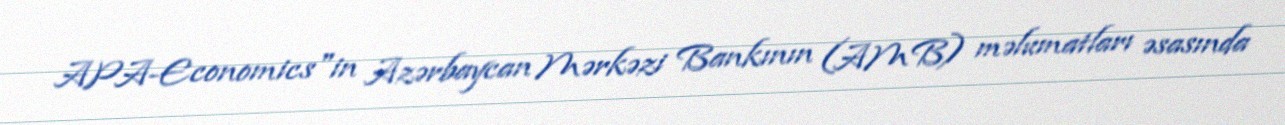
APA-Economics"in Azərbaycan Mərkəzi Bankının (AMB) məlumatları əsasında